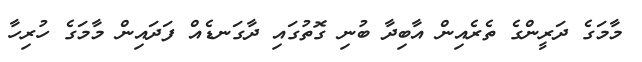
މާމަގެ ދަރީންގެ ތެރެއިން އާބިދާ ބުނި ގޮތުގައި ދާގަނޑެއް ފަދައިން މާމަގެ ހުރިހާ